Scottish Leaving Certificate Examination, 1961
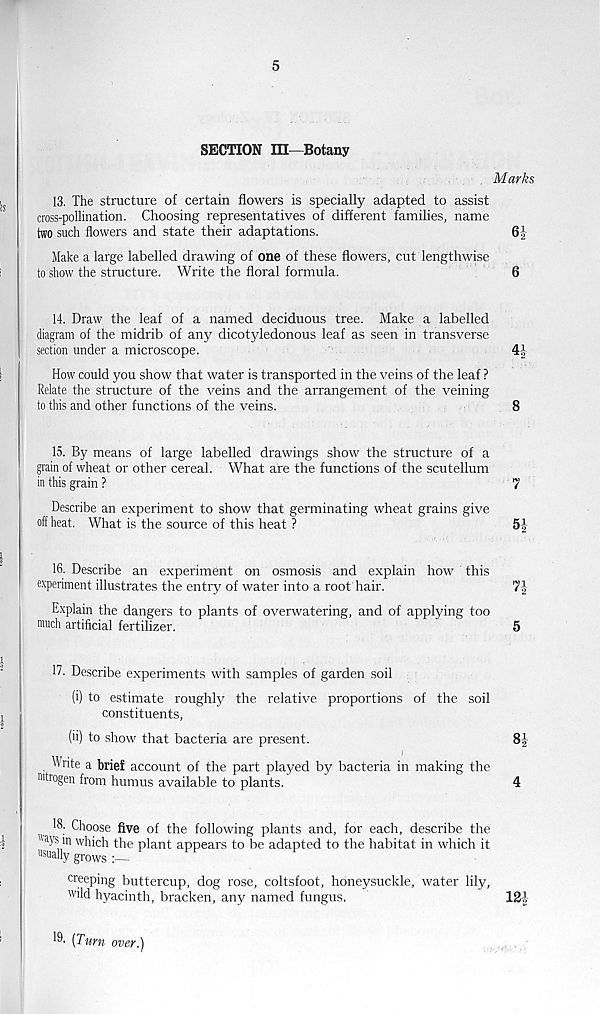
5
SECTION m—Botany
Marks
13. The structure of certain flowers is specially adapted to assist
cross-pollination. Choosing representatives of different families, name
two such flowers and state their adaptations.
62
Make a large labelled drawing of one of these flowers, cut lengthwise
to show the structure. Write the floral formula.
6
14. Draw the leaf of a named deciduous tree. Make a labelled
diagram of the midrib of any dicotyledonous leaf as seen in transverse
section under a microscope.
4|
How could you show that water is transported in the veins of the leaf ?
Relate the structure of the veins and the arrangement of the veining
to this and other functions of the veins.
8
15. By means of large labelled drawings show the structure of a
grain of wheat or other cereal. What are the functions of the scutellum
in this grain ?
7
Describe an experiment to show that germinating wheat grains give
off heat. What is the source of this heat ?
5-£
16. Describe an experiment on osmosis and explain how this
experiment illustrates the entry of water into a root hair.
Explain the dangers to plants of overwatering, and of applying too
much artificial fertilizer.
5
17. Describe experiments with samples of garden soil
(i) to estimate roughly the relative proportions of the soil
constituents,
(ii) to show that bacteria are present.
8f
Write a brief account of the part played by bacteria in making the
mtiogen from humus available to plants.
4
18. Choose five of the following plants and, for each, describe the
" a ys in which the plant appears to be adapted to the habitat in which it
usually grows
F
creeping buttercup, dog rose, coltsfoot, honeysuckle, water lily,
wild hyacinth, bracken, any named fungus,
121
19. (Turn over.)